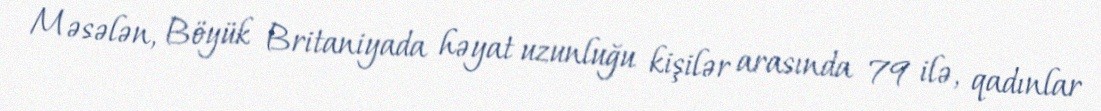
Məsələn, Böyük Britaniyada həyat uzunluğu kişilər arasında 79 ilə, qadınlar